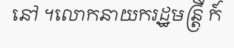
នៅ ។លោកនាយករដ្ឋមន្ត្រី ក៍